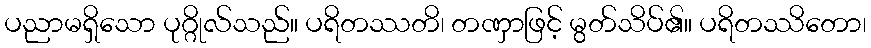
ပညာမရှိသော ပုဂ္ဂိုလ်သည်။ ပရိတဿတိ၊ တဏှာဖြင့် မွတ်သိပ်၏။ ပရိတဿိတော၊